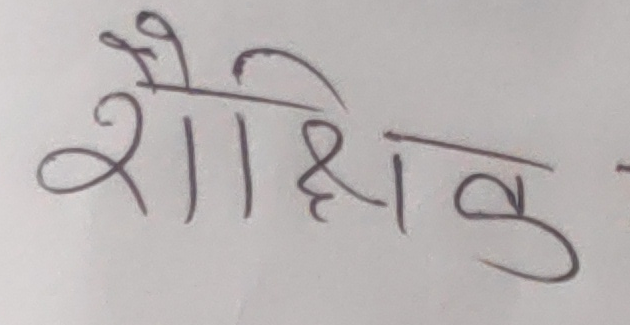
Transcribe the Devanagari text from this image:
शैक्षिक